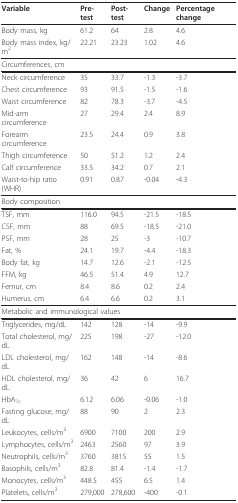
<table><thead><tr><td><b>Variable</b></td><td><b>Pre-test</b></td><td><b>Post-test</b></td><td><b>Change</b></td><td><b>Percentage change</b></td></tr></thead><tbody><tr><td>Body mass, kg</td><td>61.2</td><td>64</td><td>2.8</td><td>4.6</td></tr><tr><td>Body mass index, kg/m<sup>2</sup></td><td>22.21</td><td>23.23</td><td>1.02</td><td>4.6</td></tr><tr><td>Circumferences, cm</td><td></td><td></td><td></td><td></td></tr><tr><td>Neck circumference</td><td>35</td><td>33.7</td><td>-1.3</td><td>-3.7</td></tr><tr><td>Chest circumference</td><td>93</td><td>91.5</td><td>-1.5</td><td>-1.6</td></tr><tr><td>Waist circumference</td><td>82</td><td>78.3</td><td>-3.7</td><td>-4.5</td></tr><tr><td>Mid-arm circumference</td><td>27</td><td>29.4</td><td>2.4</td><td>8.9</td></tr><tr><td>Forearm circumference</td><td>23.5</td><td>24.4</td><td>0.9</td><td>3.8</td></tr><tr><td>Thigh circumference</td><td>50</td><td>51.2</td><td>1.2</td><td>2.4</td></tr><tr><td>Calf circumference</td><td>33.5</td><td>34.2</td><td>0.7</td><td>2.1</td></tr><tr><td>Waist-to-hip ratio (WHR)</td><td>0.91</td><td>0.87</td><td>-0.04</td><td>-4.3</td></tr><tr><td colspan="5">Body composition</td></tr><tr><td>TSF, mm</td><td>116.0</td><td>94.5</td><td>-21.5</td><td>-18.5</td></tr><tr><td>CSF, mm</td><td>88</td><td>69.5</td><td>-18.5</td><td>-21.0</td></tr><tr><td>PSF, mm</td><td>28</td><td>25</td><td>-3</td><td>-10.7</td></tr><tr><td>Fat, %</td><td>24.1</td><td>19.7</td><td>-4.4</td><td>-18.3</td></tr><tr><td>Body fat, kg</td><td>14.7</td><td>12.6</td><td>-2.1</td><td>-12.5</td></tr><tr><td>FFM, kg</td><td>46.5</td><td>51.4</td><td>4.9</td><td>12.7</td></tr><tr><td>Femur, cm</td><td>8.4</td><td>8.6</td><td>0.2</td><td>2.4</td></tr><tr><td>Humerus, cm</td><td>6.4</td><td>6.6</td><td>0.2</td><td>3.1</td></tr><tr><td colspan="5">Metabolic and immunological values</td></tr><tr><td>Triglycerides, mg/dL</td><td>142</td><td>128</td><td>-14</td><td>-9.9</td></tr><tr><td>Total cholesterol, mg/dL</td><td>225</td><td>198</td><td>-27</td><td>-12.0</td></tr><tr><td>LDL cholesterol, mg/dL</td><td>162</td><td>148</td><td>-14</td><td>-8.6</td></tr><tr><td>HDL cholesterol, mg/dL</td><td>36</td><td>42</td><td>6</td><td>16.7</td></tr><tr><td>HbA<sub>1c</sub></td><td>6.12</td><td>6.06</td><td>-0.06</td><td>-1.0</td></tr><tr><td>Fasting glucose, mg/dL</td><td>88</td><td>90</td><td>2</td><td>2.3</td></tr><tr><td>Leukocytes, cells/m<sup>3</sup></td><td>6900</td><td>7100</td><td>200</td><td>2.9</td></tr><tr><td>Lymphocytes, cells/m<sup>3</sup></td><td>2463</td><td>2560</td><td>97</td><td>3.9</td></tr><tr><td>Neutrophils, cells/m<sup>3</sup></td><td>3760</td><td>3815</td><td>55</td><td>1.5</td></tr><tr><td>Basophils, cells/m<sup>3</sup></td><td>82.8</td><td>81.4</td><td>-1.4</td><td>-1.7</td></tr><tr><td>Monocytes, cells/m<sup>3</sup></td><td>448.5</td><td>455</td><td>6.5</td><td>1.4</td></tr><tr><td>Platelets, cells/m<sup>3</sup></td><td>279,000</td><td>278,600</td><td>-400</td><td>-0.1</td></tr></tbody></table>